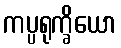
ကပ္ပရုက္ခိယော